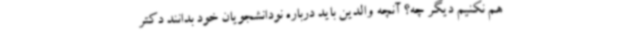
هم نکنیم دیگر چه؟ آنچه والدین باید درباره نودانشجویان خود بدانند دکتر